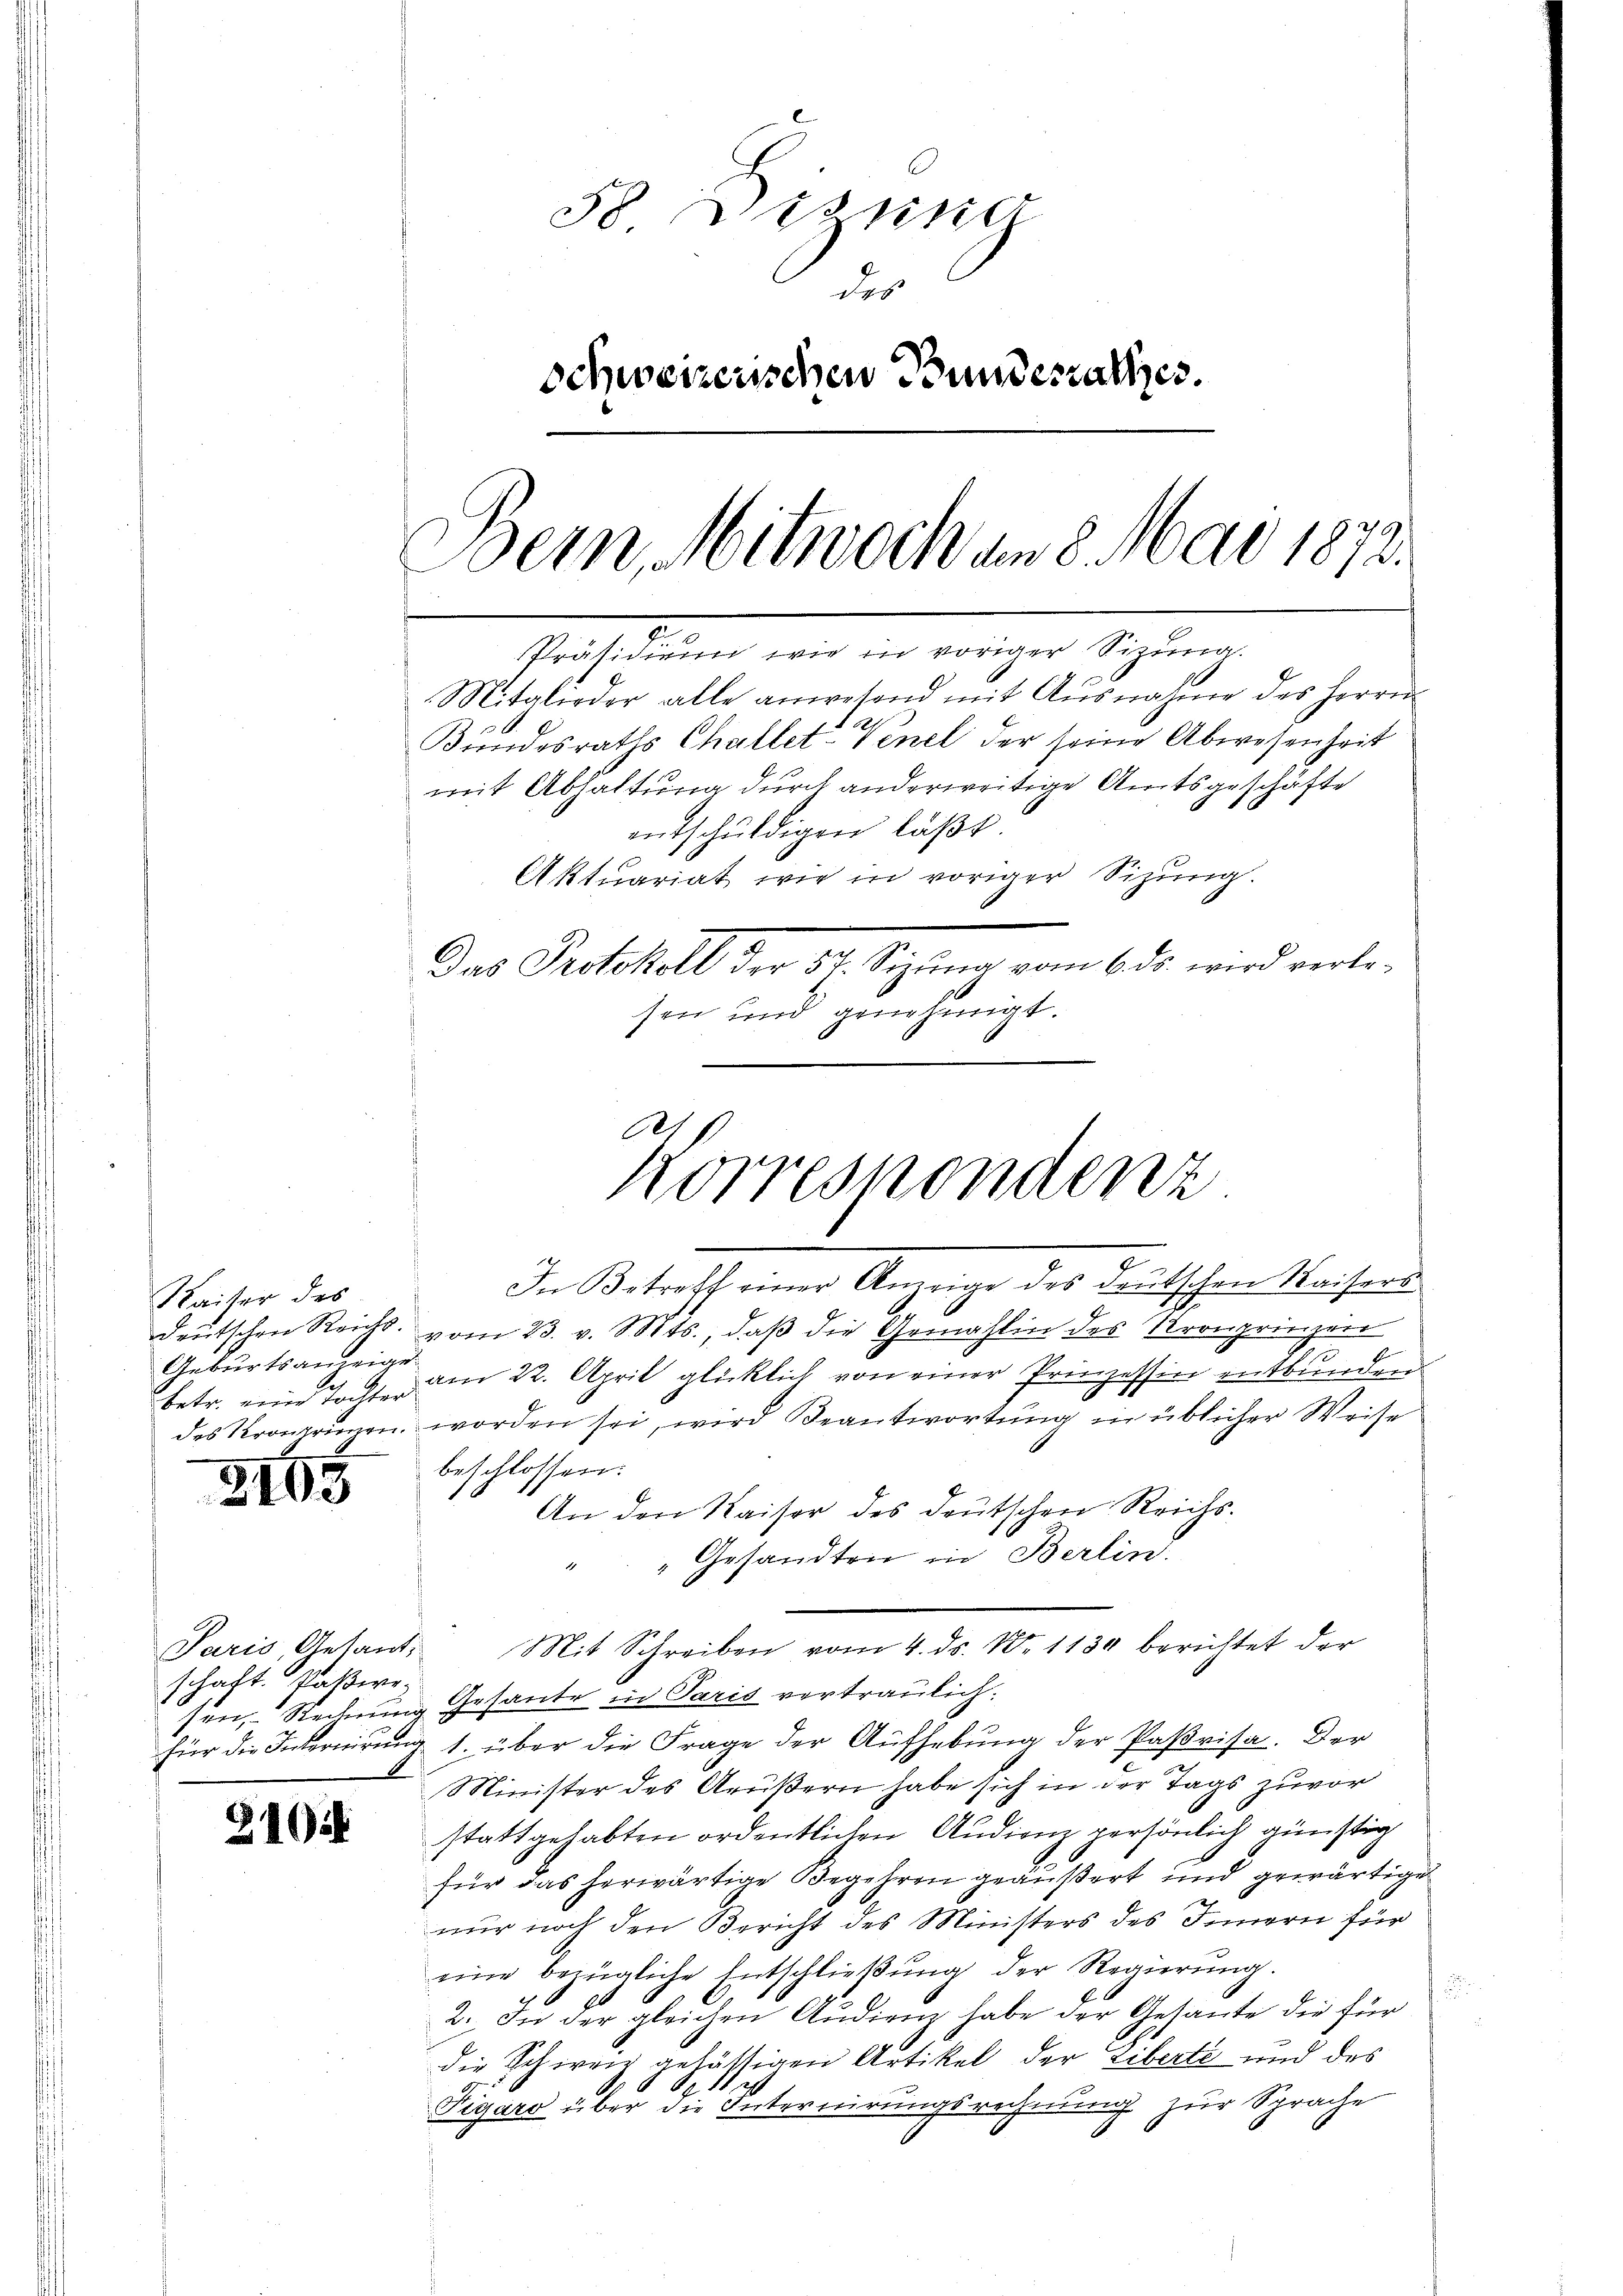
Kaiser des
betr. eine Tochter

2165

Paris Gesandschaft Paßire¬

3101

58 Disung
des
schweizerischen Bundesrathes.
Bern, Mitwoch am 8. Mai 1872.
Präsidium wie in voriger Sizung.
Mitglieder alle anwesend mit Ausnahme des Herrn
Bundesraths Challet-Venel der seine Abwesenheit
mit Abhaltung durch anderweitige Amtsgeschäfte
entschuldigen läßt.
Aktuariat wie in voriger Sitzung.
Das Protokoll der 82. Sizung vom 6 ds wird verlesen und genehmigt.

e
korrespondenz

In Betreff einer Anzeige des deutschen Kaisers
deutschen Reicht vom 23. v. Mts., daß die Gemahlin des Kronprinzer
Geburtsanzeige am 22. April glücklich von einer Prinzessin entbunden.
des Kragrinen worden sei, wird Beantwortung in üblicher Weise
beschlossen:
An den Kaiser des deutschen Reichs-
Gesandten in Berlin.
2
sen, Rechung Gesante in Paris vertraulich:
für die Infornirung 1. über die Frage der Aufhebung der Paßrisa. Der
Minister des Aeußern habe sich in der Tags zuvor
stattgehabten ordentlichen Audienz persönlich günstig
für das herwärtige Begehren geäußert und gewärtige
nur noch den Bericht des Ministers des Innern für
eine bezügliche Entschließung der Regierung.
2. In der gleichen Audienz habe der Gesante die für
die Schweiz gehässigen Artikel der Liberté und des
Tigaro über die Internirungsrechnung zur Sprache
.

Mit Schreiben vom 4. ds. N. 1130 berichtet der